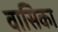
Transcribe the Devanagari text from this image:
वासिका